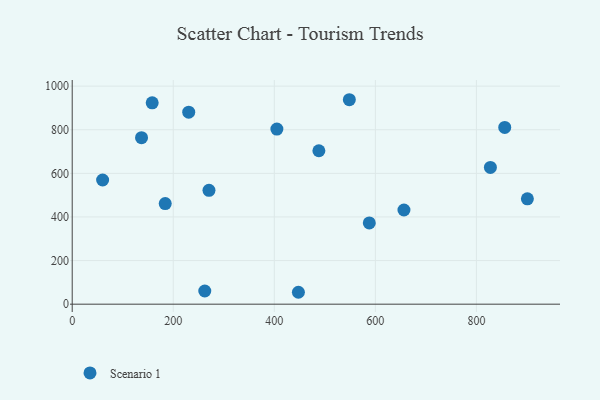
{"axis": {"x": "Speed", "y": "Profit"}, "legend": ["Scenario 1"], "data": [{"x": "856.1", "y": 810.5, "type": "Scenario 1"}, {"x": "270.7", "y": 522.1, "type": "Scenario 1"}, {"x": "488.2", "y": 703.7, "type": "Scenario 1"}, {"x": "60.2", "y": 569.5, "type": "Scenario 1"}, {"x": "447.7", "y": 54.6, "type": "Scenario 1"}, {"x": "900.9", "y": 483.4, "type": "Scenario 1"}, {"x": "827.7", "y": 627.2, "type": "Scenario 1"}, {"x": "184.1", "y": 461.3, "type": "Scenario 1"}, {"x": "262.4", "y": 60.5, "type": "Scenario 1"}, {"x": "158.3", "y": 923.5, "type": "Scenario 1"}, {"x": "588.0", "y": 372.8, "type": "Scenario 1"}, {"x": "230.6", "y": 880.4, "type": "Scenario 1"}, {"x": "548.5", "y": 937.7, "type": "Scenario 1"}, {"x": "137.2", "y": 763.8, "type": "Scenario 1"}, {"x": "405.1", "y": 803.1, "type": "Scenario 1"}, {"x": "656.6", "y": 432.0, "type": "Scenario 1"}]}